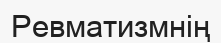
Ревматизмнің